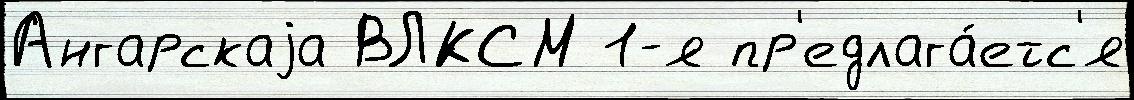
Ангарскаjа ВЛКСМ 1-я пр'едлага́етс'я